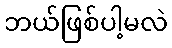
ဘယ်ဖြစ်ပါ့မလဲ